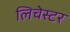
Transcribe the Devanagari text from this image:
लिचेस्टर